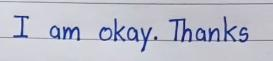
I am okay. Thanks